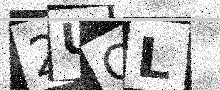
Text: 2UCL